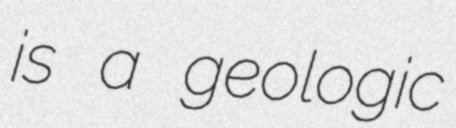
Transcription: is a geologic